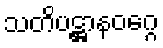
သတိပဋ္ဌာနဝဂ္ဂေ